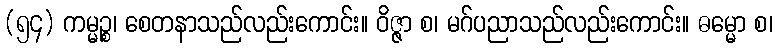
(၅၄) ကမ္မဉ္စ၊ စေတနာသည်လည်းကောင်း။ ဝိဇ္ဇာ စ၊ မဂ်ပညာသည်လည်းကောင်း။ ဓမ္မော စ၊